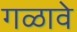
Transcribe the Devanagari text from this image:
गळावे